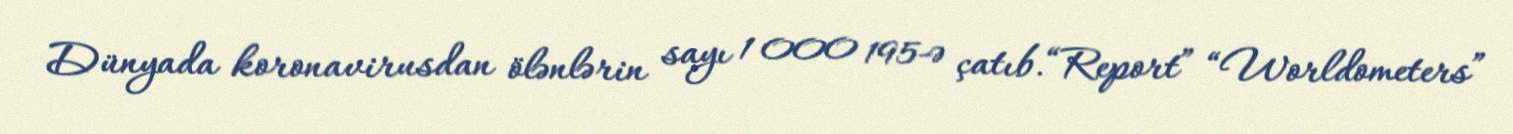
Dünyada koronavirusdan ölənlərin sayı 1 000 195-ə çatıb.“Report” “Worldometers”